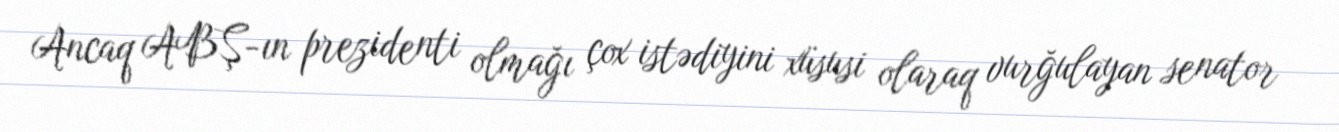
Ancaq ABŞ-ın prezidenti olmağı çox istədiyini xüsusi olaraq vurğulayan senator